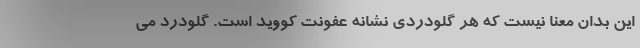
این بدان معنا نیست که هر گلودردی نشانه عفونت کووید است. گلودرد می